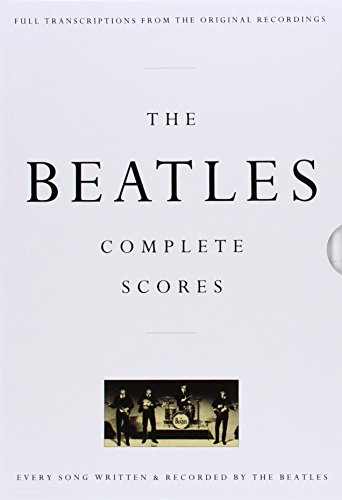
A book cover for The Beatles: Complete Scores (Transcribed Score); The Beatles; Humor & Entertainment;